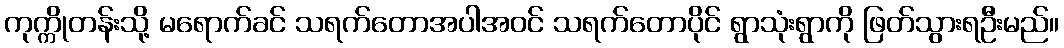
ကုက္ကိုတန်းသို့ မရောက်ခင် သရက်တောအပါအဝင် သရက်တောပိုင် ရွာသုံးရွာကို ဖြတ်သွားရဦးမည်။